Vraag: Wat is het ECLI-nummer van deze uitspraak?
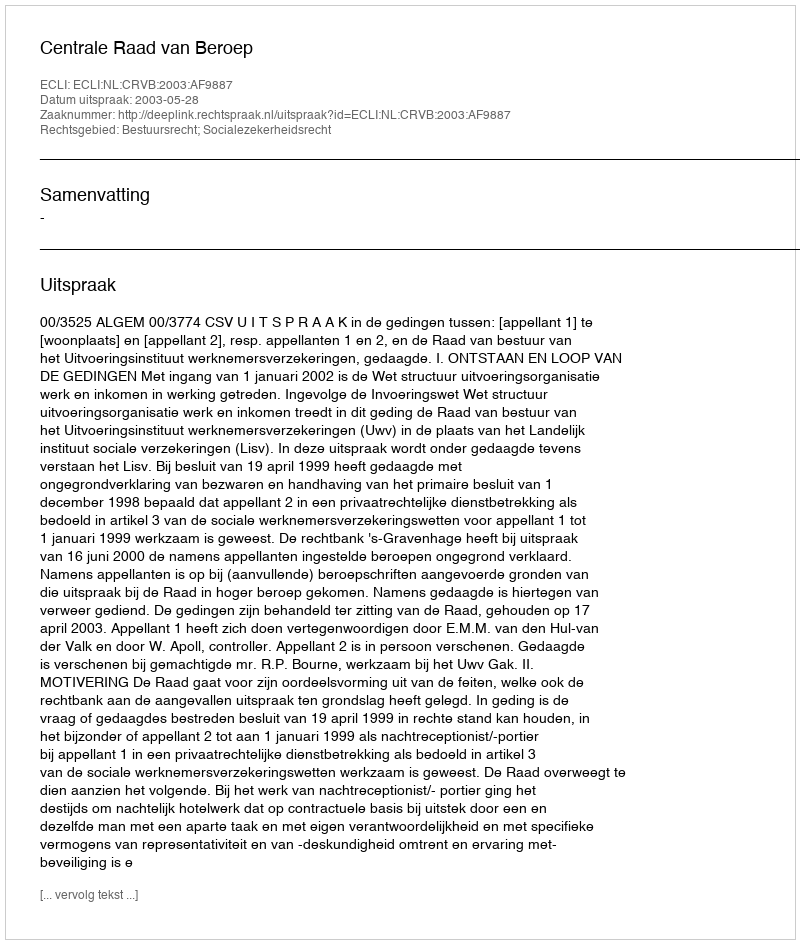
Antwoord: ECLI:NL:CRVB:2003:AF9887